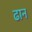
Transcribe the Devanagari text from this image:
ढान